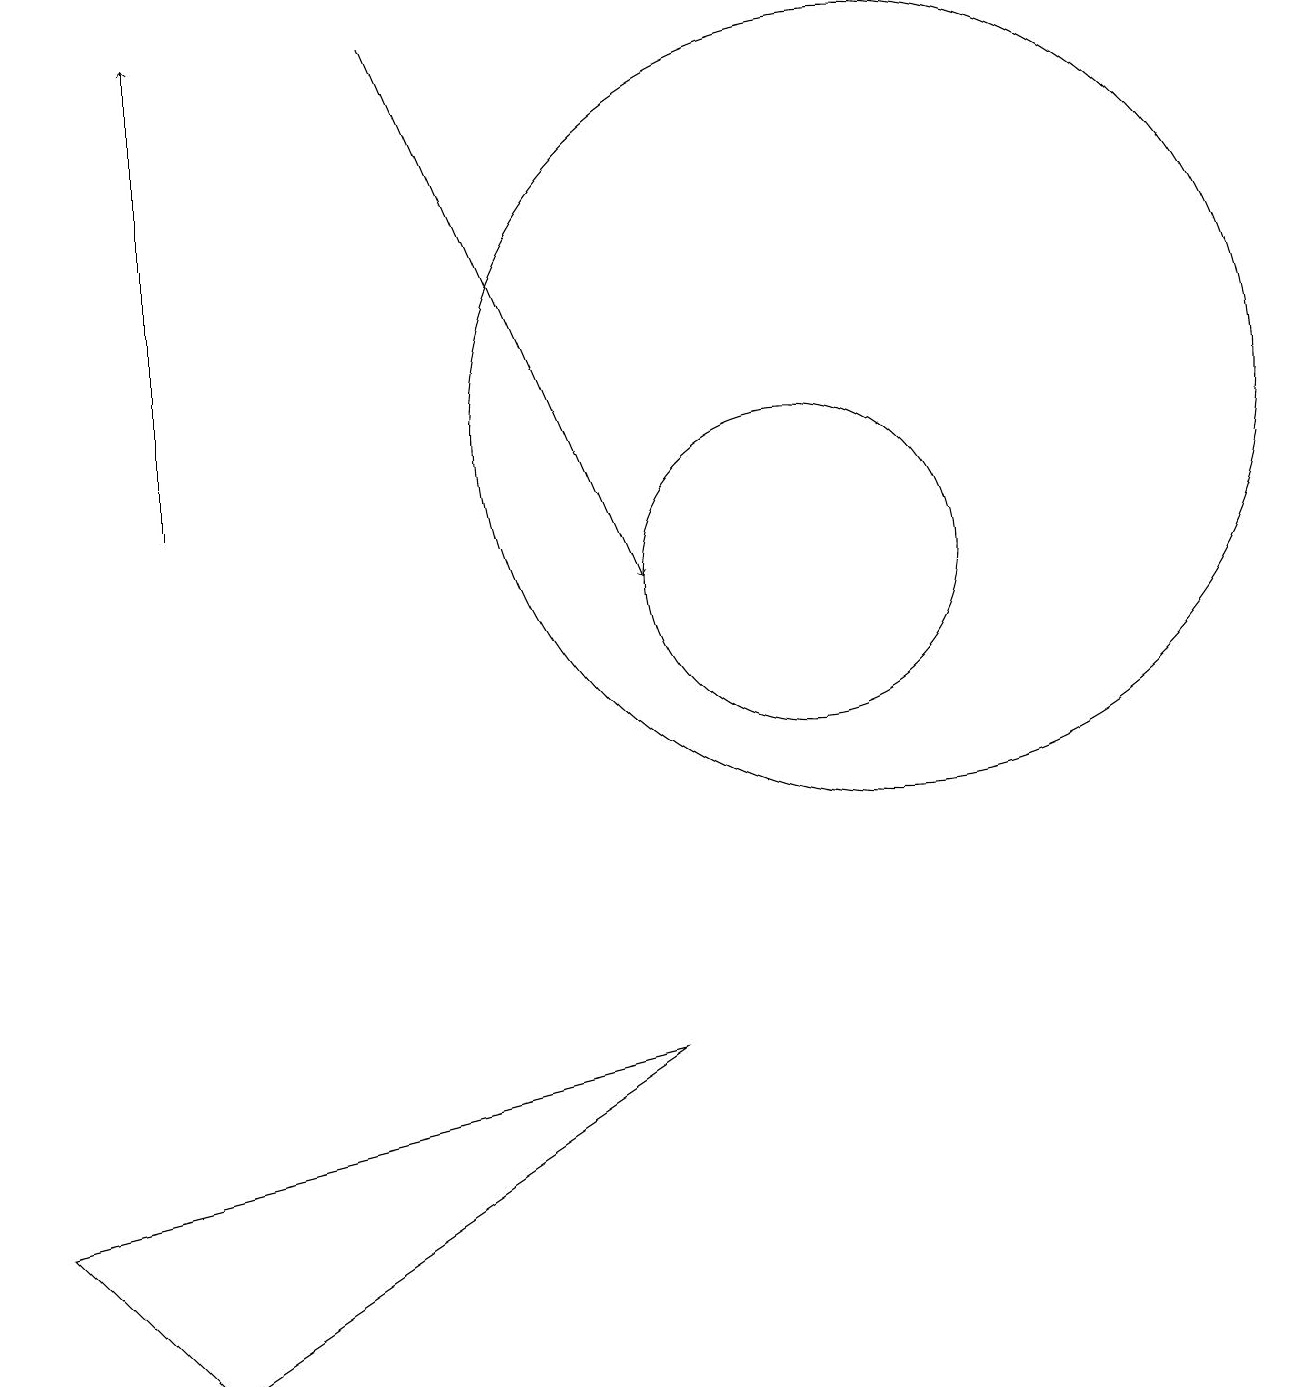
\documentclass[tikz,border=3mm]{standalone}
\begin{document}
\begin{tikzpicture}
\draw (2,0) -- (8,4) -- (0,2) -- cycle;
\draw[->] (5,17) -- (8,10);
\draw[->] (2,11) -- (2,17);
\draw (10,10) circle (2);
\draw (11,12) circle (5);
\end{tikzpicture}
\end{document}